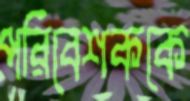
পরিবেশককে